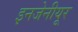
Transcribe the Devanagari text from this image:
इनजेनीयूर